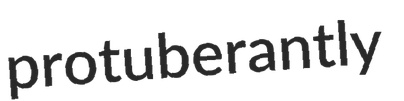
protuberantly